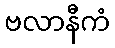
ဗလာနီကံ